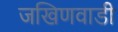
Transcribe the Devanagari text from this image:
जखिणवाडी